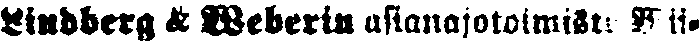
Lindberg & Weberin asianajotoimisto Wii-